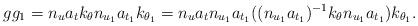
LaTeX: \begin{align*}gg_1 = n_u a_t k_\theta n_{u_1} a_{t_1}k_{\theta_1} = n_u a_t n_{u_1} a_{t_1} ((n_{u_1} a_{t_1})^{-1} k_\theta n_{u_1} a_{t_1}) k_{\theta_1}.\end{align*}